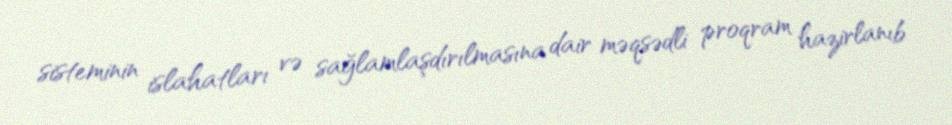
sisteminin islahatları və sağlamlaşdırılmasına dair məqsədli proqram hazirlanıb